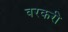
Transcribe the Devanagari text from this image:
वरकरी